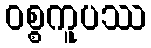
ဝစ္စကူပဿ